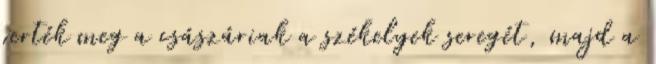
verték meg a császáriak a székelyek seregét, majd a